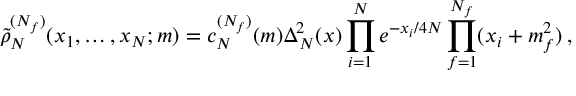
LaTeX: \widetilde \rho _ { N } ^ { ( N _ { f } ) } ( x _ { 1 } , \ldots , x _ { N } ; m ) = c _ { N } ^ { ( N _ { f } ) } ( m ) \Delta _ { N } ^ { 2 } ( x ) \prod _ { i = 1 } ^ { N } e ^ { - x _ { i } / 4 N } \prod _ { f = 1 } ^ { N _ { f } } ( x _ { i } + m _ { f } ^ { 2 } ) \: ,